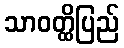
သာဝတ္ထိပြည်